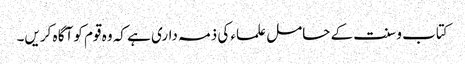
کتاب و سنت کے حامل علماء کی ذمہ داری ہے کہ وہ قوم کو آگا ہ کریں۔